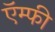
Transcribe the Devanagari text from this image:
ऍम्फी